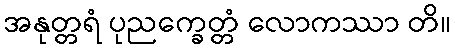
အနုတ္တရံ ပုညက္ခေတ္တံ လောကဿာ တိ။